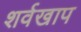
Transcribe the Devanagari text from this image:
शर्वखाप